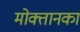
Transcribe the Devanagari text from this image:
मोक्तानका